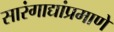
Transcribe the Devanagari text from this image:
सारंगाद्यांप्रमाणे